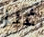
غير